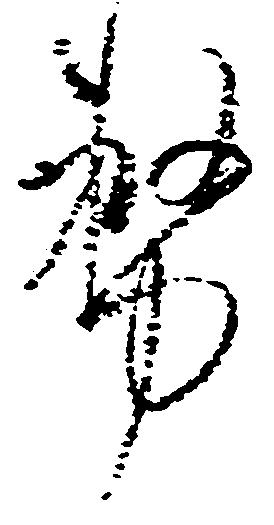
務